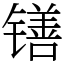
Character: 䦅